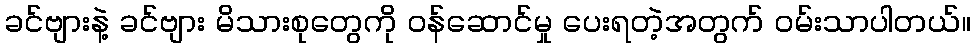
ခင်ဗျားနဲ့ ခင်ဗျား မိသားစုတွေကို ဝန်ဆောင်မှု ပေးရတဲ့အတွက် ဝမ်းသာပါတယ်။